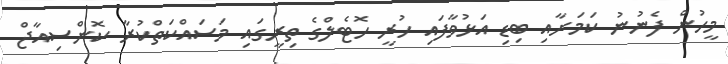
މީހުން ފެނުނު ކަމަށާއި ބިޑި އަޅުވާފައި ހުރީ ހޮޓެލްގެ ތިރީގައި މަސައްކަތްކުރާ ކޮންސިއާޖް